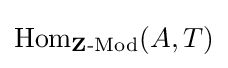
\mathrm {Hom} _{\mathbf {Z} {\text{-Mod}}}(A,T)